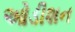
ઓડીશન